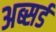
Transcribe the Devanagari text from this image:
अब्सर्ड